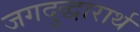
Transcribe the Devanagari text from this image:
जगदुद्धारार्थ